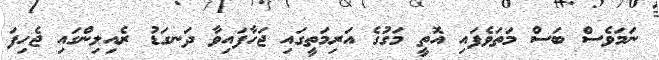
ނަމަވެސް ބަސް މަތަވެފައި އޮތީ މަގުގެ އަރިމަތީގައި ޖަހާފައިވާ ދަނގަޑު ރެއިލިންގައި ޖެހިފަ